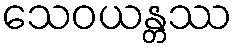
သေဝယန္တဿ